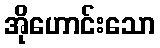
အိုဟောင်းသော